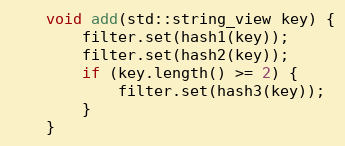
Language: C
    void add(std::string_view key) {
        filter.set(hash1(key));
        filter.set(hash2(key));
        if (key.length() >= 2) {
            filter.set(hash3(key));
        }
    }